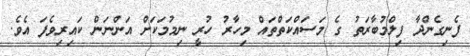
ފެނިގެންދާ ފިލްމުބާރަތު ގެ މަސައްކަތްތައް މިހާރު ހުރީ ނިމުމަކަށް އަންނަން ކައިރިވެފަ އެވެ.